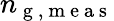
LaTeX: n_{\mathrm{~g~,~m~e~a~s~}}